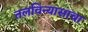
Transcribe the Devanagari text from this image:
तलविन्यासाचा